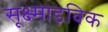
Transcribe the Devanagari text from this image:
सूक्ष्माड़विक